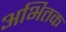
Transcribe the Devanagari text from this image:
अभितक